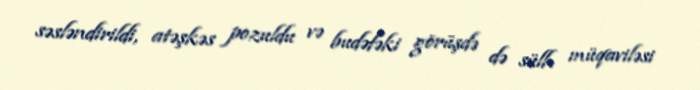
səsləndirildi, atəşkəs pozuldu və budəfəki görüşdə də sülh müqaviləsi